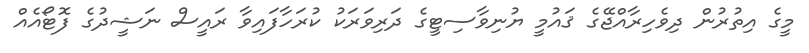
މީގެ އިތުރުން ދިވެހިރާއްޖޭގެ ޤައުމީ ޔުނިވާސިޓީގެ ދަރިވަރަކު ކުރަހާފައިވާ ރައީސް ނަޝީދުގެ ފޮޓޯއެއް